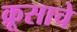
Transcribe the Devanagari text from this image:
क्रूसाचे